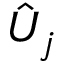
\hat { U } _ { j }